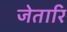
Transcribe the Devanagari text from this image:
जेतारि